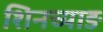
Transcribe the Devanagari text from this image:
शिनच्याङ